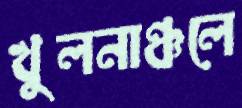
খুলনাঞ্চলে